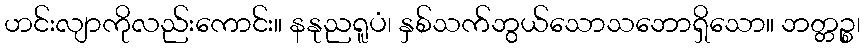
ဟင်းလျာကိုလည်းကောင်း။ နနုညရူပံ၊ နှစ်သက်ဘွယ်သောသဘောရှိသော။ ဘတ္တဉ္စ၊